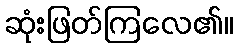
ဆုံးဖြတ်ကြလေ၏။